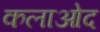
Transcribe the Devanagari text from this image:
कलाओद